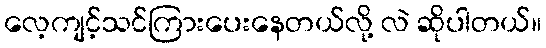
လေ့ကျင့်သင်ကြားပေးနေတယ်လို့ လဲ ဆိုပါတယ်။